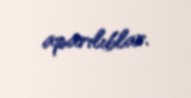
aparılıblar.